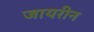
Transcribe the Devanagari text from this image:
जायरीन